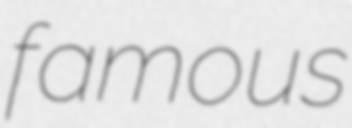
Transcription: famous